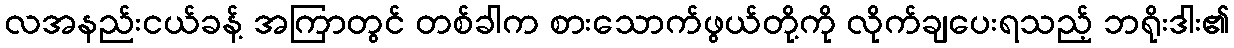
လအနည်းငယ်ခန့် အကြာတွင် တစ်ခါက စားသောက်ဖွယ်တို့ကို လိုက်ချပေးရသည့် ဘရိုးဒါး၏